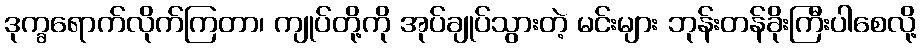
ဒုက္ခရောက်လိုက်ကြတာ၊ ကျုပ်တို့ကို အုပ်ချုပ်သွားတဲ့ မင်းများ ဘုန်းတန်ခိုးကြီးပါစေလို့